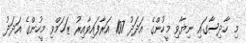
މި ހާދިސާގައި ނިޔާވި މީހުންގެ އަދަދު 107 އަރާފައިވާއިރު ޒަޚަމްވި މީހުންގެ އަދަދު